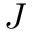
\cal J